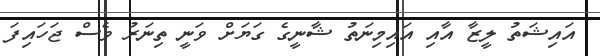
އައިޝަތު ލީޒާ އާއި އައިމިނަތު ޝާނީގެ ގަޔަށް ވަނީ ތިނަރު ވެސް ޖަހައިފަ